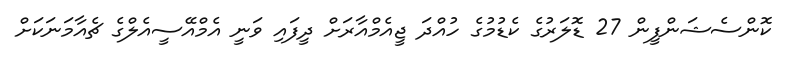
ކޮންސެޝަންފީން 27 ޑޮލަރުގެ ކެޑުމުގެ ހުއްދަ ޖީއެމްއާރަށް ދީފައި ވަނީ އެމްއޭސީއެލްގެ ޗެއާމަނަކަށް